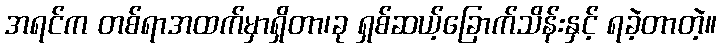
အရင်က တစ်ရာအထက်မှာရှိတာ၊ခု ရှစ်ဆယ့်ခြောက်သိန်းနှင့် ရခဲ့တာတဲ့။